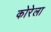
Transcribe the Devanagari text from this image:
कोरेला